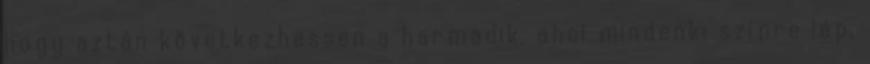
hogy aztán következhessen a harmadik, ahol mindenki színre lép,